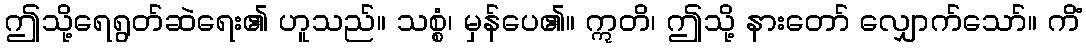
ဤသို့ရေရွတ်ဆဲရေး၏ ဟူသည်။ သစ္စံ၊ မှန်ပေ၏။ ဣတိ၊ ဤသို့ နားတော် လျှောက်သော်။ ကိံ